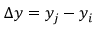
\Delta y = y _ { j } - y _ { i }